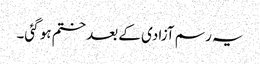
یہ رسم آزادی کے بعد ختم ہو گئی۔